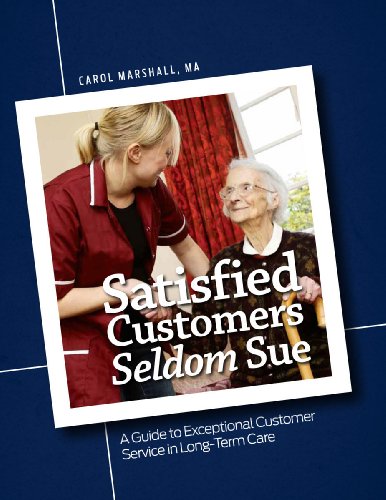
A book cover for Satisfied Customers Seldom Sue: A Guide to Exceptional Customer Service in Long-Term Care; HCPro; Medical Books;